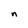
Character: n